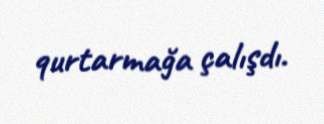
qurtarmağa çalışdı.